Civil Veterinary Dept. North-West Frontier Province 1933-46 - 1933-1946
Year: 1933
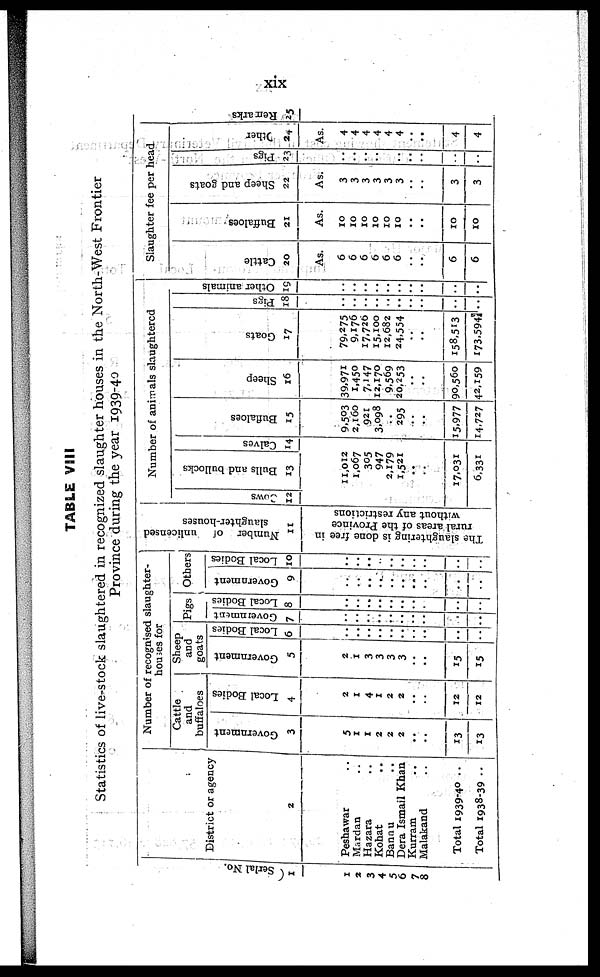
xix
TABLE VIII
Statistics of live-stock slaughtered in recognized slaughter houses in the North-West Frontier
Province during the year 1939-40
( Ser i al No.
1
1
2
3
4
5
6
7
8
District or agency
2
Peshawar ..
Mardan ..
Hazara ..
Kohat ..
Bannu ..
Dera Ismail Khan
Kurram
..
Malakand ..
Total 1939-40 ..
Total 1938-39
..
Number of recognised slaughter-
houses for
Cattle
and
buffaloes
Government
3
5
1
1
2
2
2
..
..
13
13
Local Bodies
4
2
1
4
1
2
2
..
..
12
12
Sheep
and
goats
Government
5
2
1
3
3
3
3
..
..
15
15
Local Bodies
6
..
..
..
..
..
..
..
..
..
..
Pigs
Government
7
..
..
..
..
..
..
..
..
..
..
Local Bodies
8
..
..
.. ..
..
..
..
..
..
..
Others
Government
9
..
..
..
..
..
..
..
..
..
..
Local Bodies
10
..
..
..
..
..
..
..
..
..
..
Number of unlicensed
slaughter-houses
11
The slaughtering is done free in
rural areas of the Province
without any restrictions
Number of animals slaughtered
Cows
12
Bul l s and bul l
ocks
13
11,012
1,067
305
947
2,179
1,521
..
..
17,031
6,331
Cal ves
14
Buf l
a l
oe s
15
9,503
2,160
921
3,098
..
295
..
..
15,977
14,727
Sheep
16
39,971
1,450
7,147
12,170
9,569
20,253
..
..
90,560
42,159
Goat s
17
79,275
9,176
17,726
15,100
12,682
24,554
..
..
158,513
173,594
Plus
18
..
..
..
..
..
..
..
..
..
..
Ot her animals
19
..
..
..
..
..
..
..
..
..
..
Slaughter fee per head
Cat t l e
20
As.
6
6
6
6
6
6
..
..
6
6
Buf f
a l
oe s
21
As.
10
10
10
10
10
10
..
..
10
10
Sheep and go;
22
As.
3
3
3
3
3
3
..
..
3
3
Pi gs
23
As.
..
..
..
..
..
..
..
..
..
Ot her
24
As.
4
4
4
4
4
4
..
..
4
4
Re ma r
k s
25